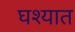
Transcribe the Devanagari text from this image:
घश्यात